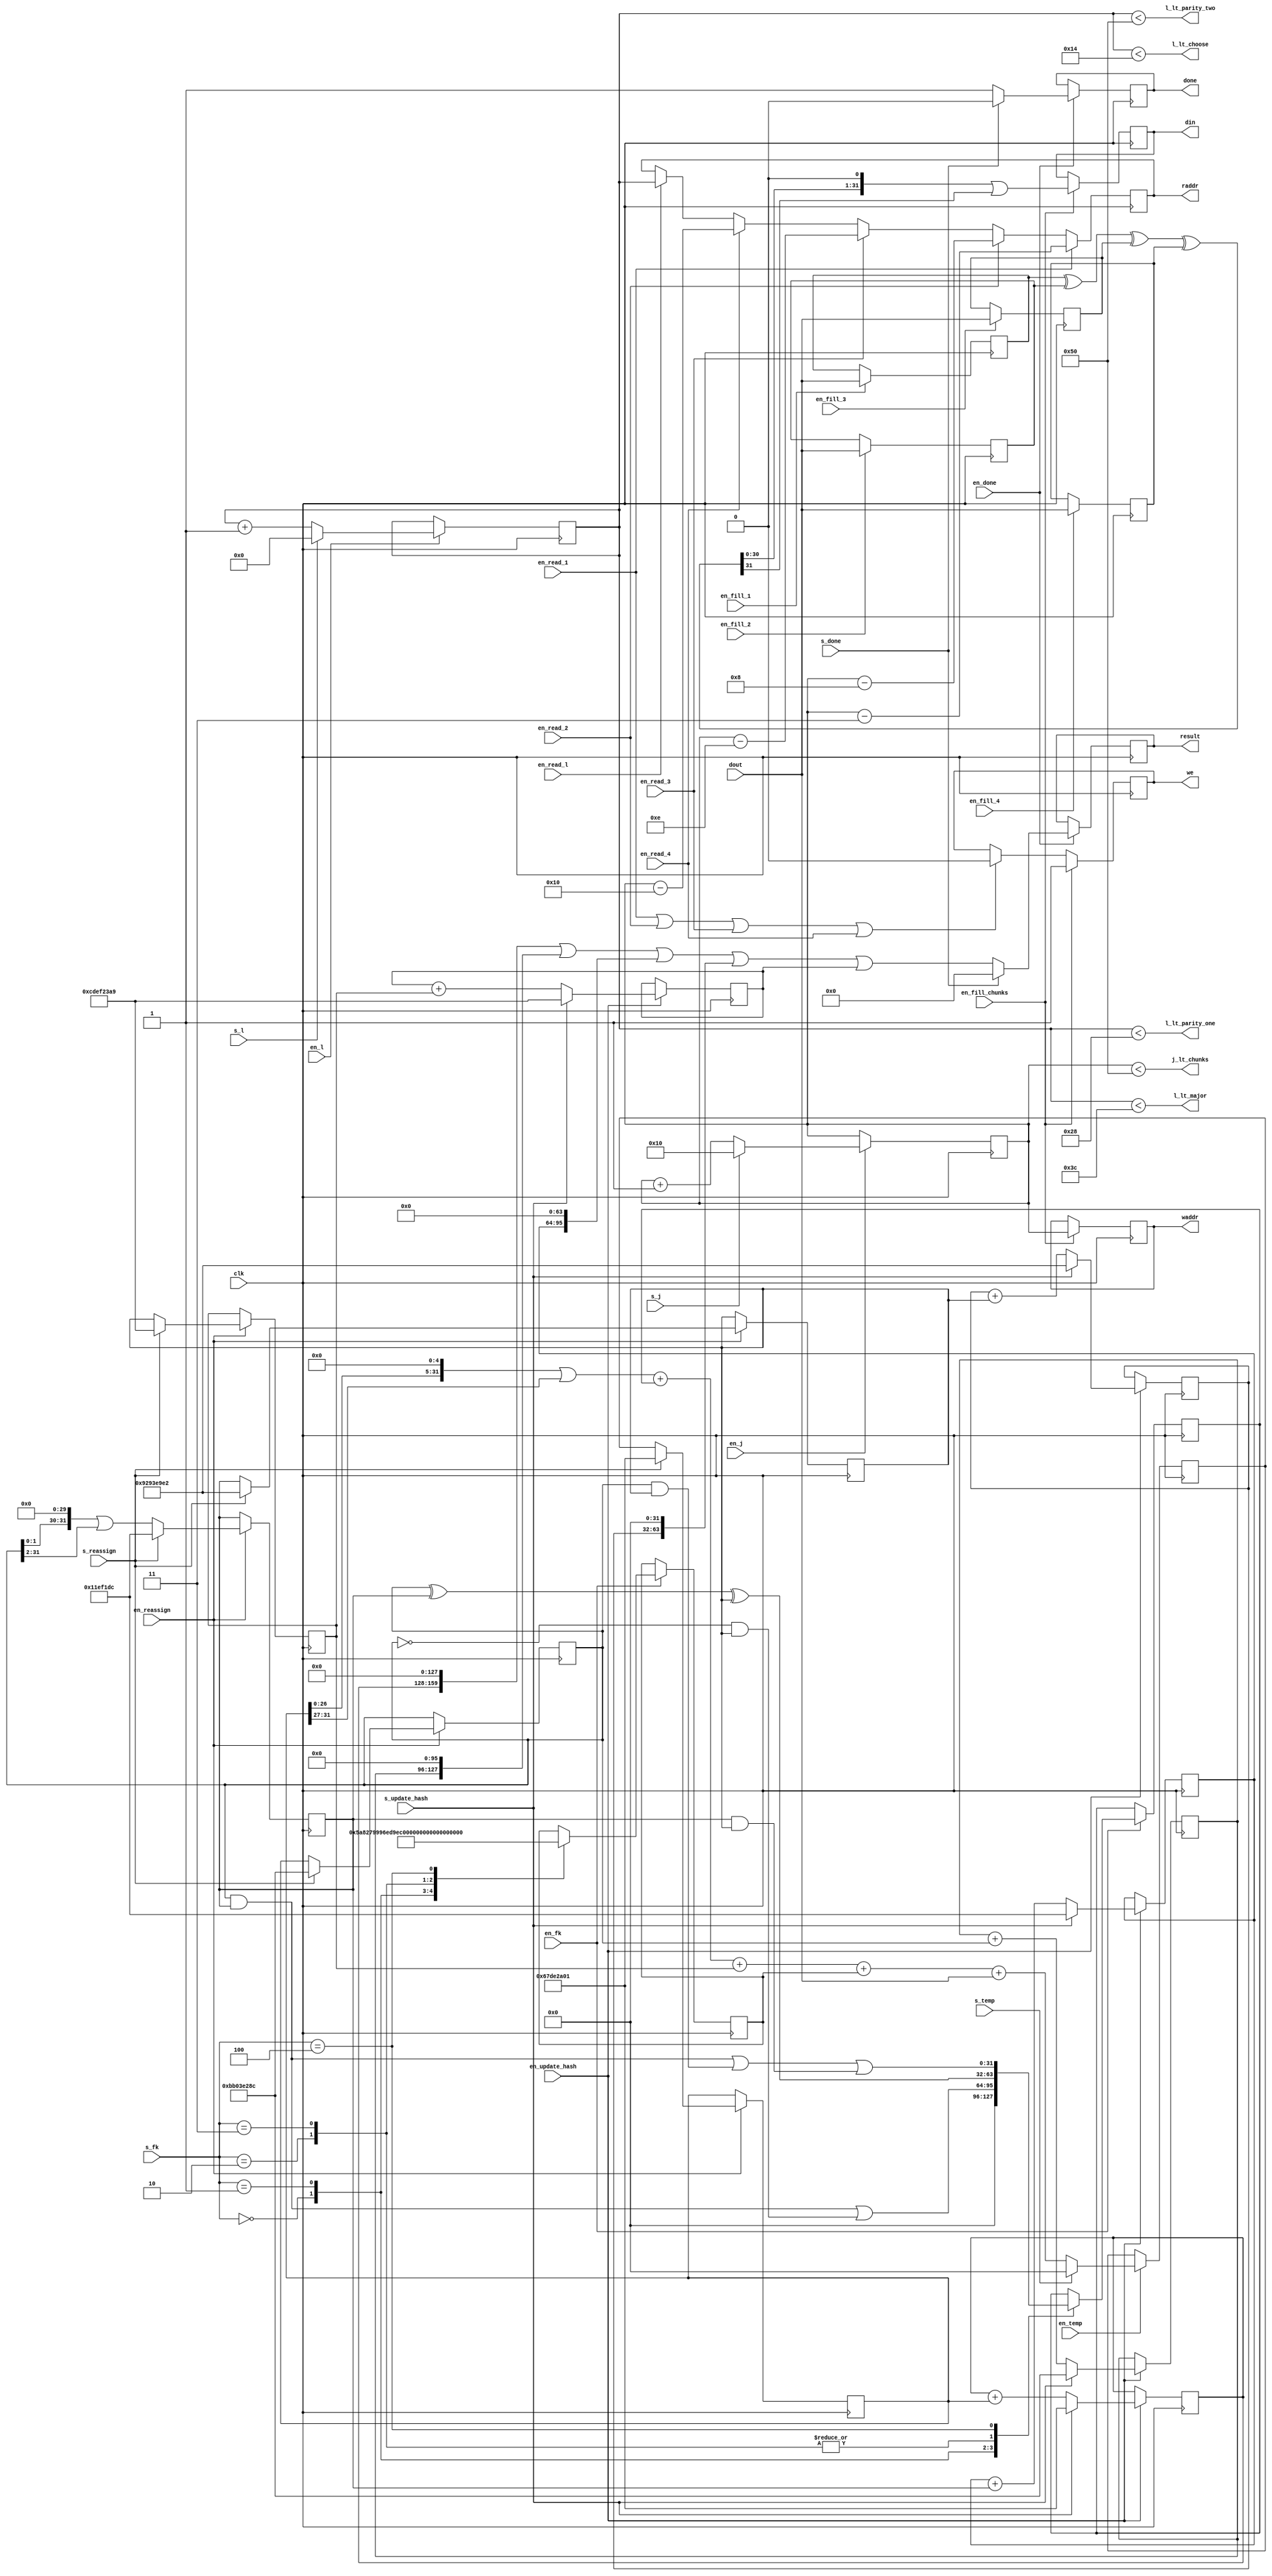
module datapath(
	input clk,
	input en_update_hash,
	input s_update_hash,
	input en_j,
	input s_j,
	input en_l,
	input s_l,
	input en_read_l,
	input en_reassign,
	input s_reassign,
	input en_temp,
	input s_temp,
	input en_done,
	input s_done,
	input en_fk,
	input [2:0] s_fk,
	input en_fill_chunks,
	input en_read_1,
	input en_read_2,
	input en_read_3,
	input en_read_4,
	input en_fill_1,
	input en_fill_2,
	input en_fill_3,
	input en_fill_4,
	input [31:0] dout,

	//Output Flags
	output j_lt_chunks,
	output l_lt_choose,
	output l_lt_parity_one,
	output l_lt_major,
	output l_lt_parity_two,
	
	//RAM Write
	output reg [6:0] raddr,
	output reg [6:0] waddr,
	output reg we,
	output reg [31:0] din,
	
	//Output register values
	output reg done,
	output reg [159:0] result

);
	
	parameter CHOOSE	 = 3'h1;
	parameter PARITY_1 = 3'h2;
	parameter PARITY_2 = 3'h3;
	parameter MAJOR	 = 3'h4;
	
	initial done = 1'b0;
	initial raddr = 32'h0;
	initial waddr = 32'h0;

	// Set initial register values
	// Initial hash values
	reg [31:0] H0 	 = 32'h67DE2A01;
	reg [31:0] H1 	 = 32'hBB03E28C;
	reg [31:0] H2 	 = 32'h011EF1DC;
	reg [31:0] H3 	 = 32'h9293E9E2;
	reg [31:0] H4 	 = 32'hCDEF23A9;

	// Memory address iterators
	reg [6:0] j 	 = 7'h16;
	reg [6:0] l     = 7'h0;
	
	// Store hash values after functions have been run
	reg [31:0] temp = 32'h0;
	reg [31:0] A 	 = 32'h67DE2A01;
	reg [31:0] B 	 = 32'hBB03E28C;
	reg [31:0] C 	 = 32'h011EF1DC;
	reg [31:0] D 	 = 32'h9293E9E2;
	reg [31:0] E 	 = 32'hCDEF23A9;
	reg [31:0] F	 = 32'h0;
	reg [31:0] K	 = 32'h0;
	
	// Registers to store chunks in order calculate more chunks
	reg [31:0] reg1 = 32'h0;
	reg [31:0] reg2 = 32'h0;
	reg [31:0] reg3 = 32'h0;
	reg [31:0] reg4 = 32'h0;


	// Updating the memory address iterators		
	always @(posedge clk)
		if(en_j)
			if(!s_j)
				j <= j + 1;
			else 
				j <= 16;
				
	always @(posedge clk)
		if(en_l)
			if(!s_l)
				l <= l + 1;
			else
				l <= 0;
	
	// Update the write enable
	always @(posedge clk) begin 
		if(en_fill_chunks) begin 
			we <= 1;
		end
		else if(en_read_1 | en_read_2 | en_read_3 | en_read_4) begin
			we <= 0;
		end
	end
	
		// Update the read address
	always @(posedge clk) begin 
		if(en_read_1) begin
			raddr <= j - 3;
		end
		else if(en_read_2) begin
			raddr <= j - 8;
		end
		else if(en_read_3) begin
			raddr <= j - 14;
		end
		else if(en_read_4) begin
			raddr <= j - 16;
		end
		else if (en_read_l) begin
			raddr <= l;
		end
	end
	
	// Update the write address
	always @(posedge clk) begin 
		if(en_fill_chunks) 
			waddr <= j;
	end

	// Update the input to memory
	always @(posedge clk) begin 
		if(en_fill_chunks) 
			din <= (((reg1 ^ reg2 ^ reg3 ^ reg4) << 1) | ((reg1 ^ reg2 ^ reg3 ^ reg4) >> 31));
	end
	  
			
	// Write to the reg vals for fill chunks
	always @(posedge clk)
		if(en_fill_1)
			reg1 <= dout;
	always @(posedge clk)
		if(en_fill_2)
			reg2 <= dout;
	always @(posedge clk)
		if(en_fill_3)
			reg3 <= dout;
	always @(posedge clk)
		if(en_fill_4)
			reg4 <= dout;
	
	// Decide which function to run based on the select fk flag
	always @(posedge clk)
		if(en_fk) begin
			case(s_fk)
				0: begin F <= 0; end
				CHOOSE: begin F <= (B & C) | ((~B) & D); end
				PARITY_1: begin F <= (B ^ C ^ D); end
				PARITY_2: begin F <= (B ^ C ^ D); end
				MAJOR: begin F <= (B & C) | (B & D) | (C & D); end
			endcase
		end
		
	always @(posedge clk)
		if(en_fk) begin
			case(s_fk)
				0: begin K <= 0; end
				CHOOSE: begin K <= 32'h5A827999; end
				PARITY_1: begin K <= 32'h6ED9EBA1; end
				PARITY_2: begin K <= 32'hCA62C1D6; end
				MAJOR: begin K <= 32'h8F1BBCDC; end
			endcase
		end
	
	// Update the temporary register
	always @(posedge clk)
		if(en_temp)
			if(!s_temp)
				temp <= ((A << 5) | (A >> 27)) + F + E + K + dout;
			else
				temp <= 64'h0;
	
	// Reassigning to registers A-E
	always @(posedge clk)
		if(en_reassign)
			if(!s_reassign) 
				A <= temp;
			else
				A <= 32'h67DE2A01;

	always @(posedge clk)
		if(en_reassign)
			if(!s_reassign) 
				B <= A;
			else
				B <= 32'hBB03E28C;

	always @(posedge clk)
		if(en_reassign)
			if(!s_reassign) 
				C <= ((B << 30) | (B >> 2));
			else
				C <= 32'h011EF1DC;

	always @(posedge clk)
		if(en_reassign)
			if(!s_reassign) 
				D <= C;
			else
				D <= 32'h9293E9E2;

	always @(posedge clk)
		if(en_reassign)
			if(!s_reassign) 
				E <= D;
			else
				E <= 32'hCDEF23A9;

				
	// Updating the hash values once the process is finished
	always @(posedge clk)
		if(en_update_hash)
			if(!s_update_hash)
				H0 <= H0 + A;
			else
				H0 <= 32'h67DE2A01;	
		
	always @(posedge clk)
		if(en_update_hash)
			if(!s_update_hash)
				H1 <= H1 + B;
			else
				H1 <= 32'hBB03E28C;
		
	always @(posedge clk)
		if(en_update_hash)
			if(!s_update_hash)
				H2 <= H2 + C;
			else
				H2 <= 32'h011EF1DC;
		
	always @(posedge clk)
		if(en_update_hash)
			if(!s_update_hash)
				H3 <= H3 + D;
			else
				H3 <= 32'h9293E9E2;	
		
	always @(posedge clk)
		if(en_update_hash) 
			if(!s_update_hash)
				H4 <= H4 + E;
			else
				H4 <= 32'hCDEF23A9;	
		
	// Create final result and set done flag to 1
	always @(posedge clk)
		if(en_done)
			if(!s_done)
				result <= (H0 << 128) | (H1 << 96) | (H2 << 64) | (H3 << 32) | H4;
			else
				result <= 160'h0;
			
	always @(posedge clk)
		if(en_done)
			if(!s_done)
				done <= 1;
			else
				done <= 0;	
	
		
	//Assign flag conditional values
	assign j_lt_chunks = (j < 80);
	assign l_lt_choose = (l < 20);
	assign l_lt_parity_one = (l < 40);
	assign l_lt_major = (l < 60);
	assign l_lt_parity_two = (l < 80);
	
	
endmodule